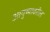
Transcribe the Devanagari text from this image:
आयुष्यावरील